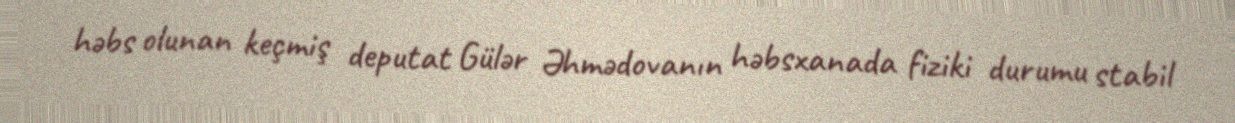
həbs olunan keçmiş deputat Gülər Əhmədovanın həbsxanada fiziki durumu stabil